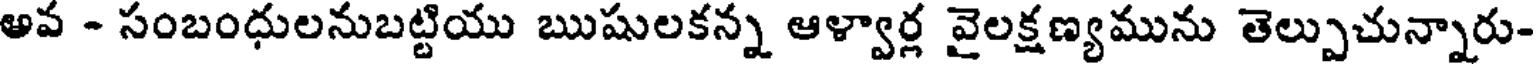
అవ - సంబంధులనుబట్టియు ఋషులకన్న ఆళ్వార్ల వైలక్షణ్యమును తెల్పుచున్నారు-